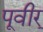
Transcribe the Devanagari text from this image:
पूवीर्